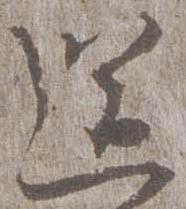
送